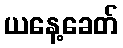
ယနေ့ခေတ်